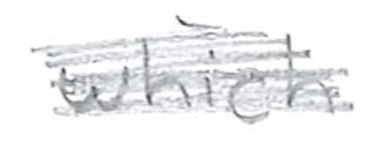
Text: which
Cross-out: scratch
Writing tool: pencil